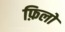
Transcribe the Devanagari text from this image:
फ़िलो